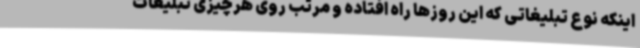
اینکه نوع تبلیغاتی که این روزها راه افتاده و مرتب روی هرچیزی تبلیغات